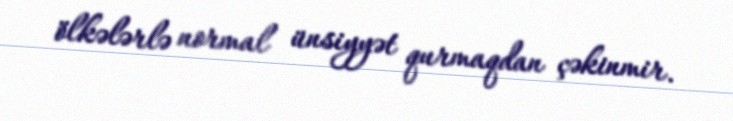
ölkələrlə normal ünsiyyət qurmaqdan çəkinmir.